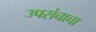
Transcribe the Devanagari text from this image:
उपसंचाचा